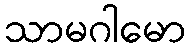
သာမဂါမော